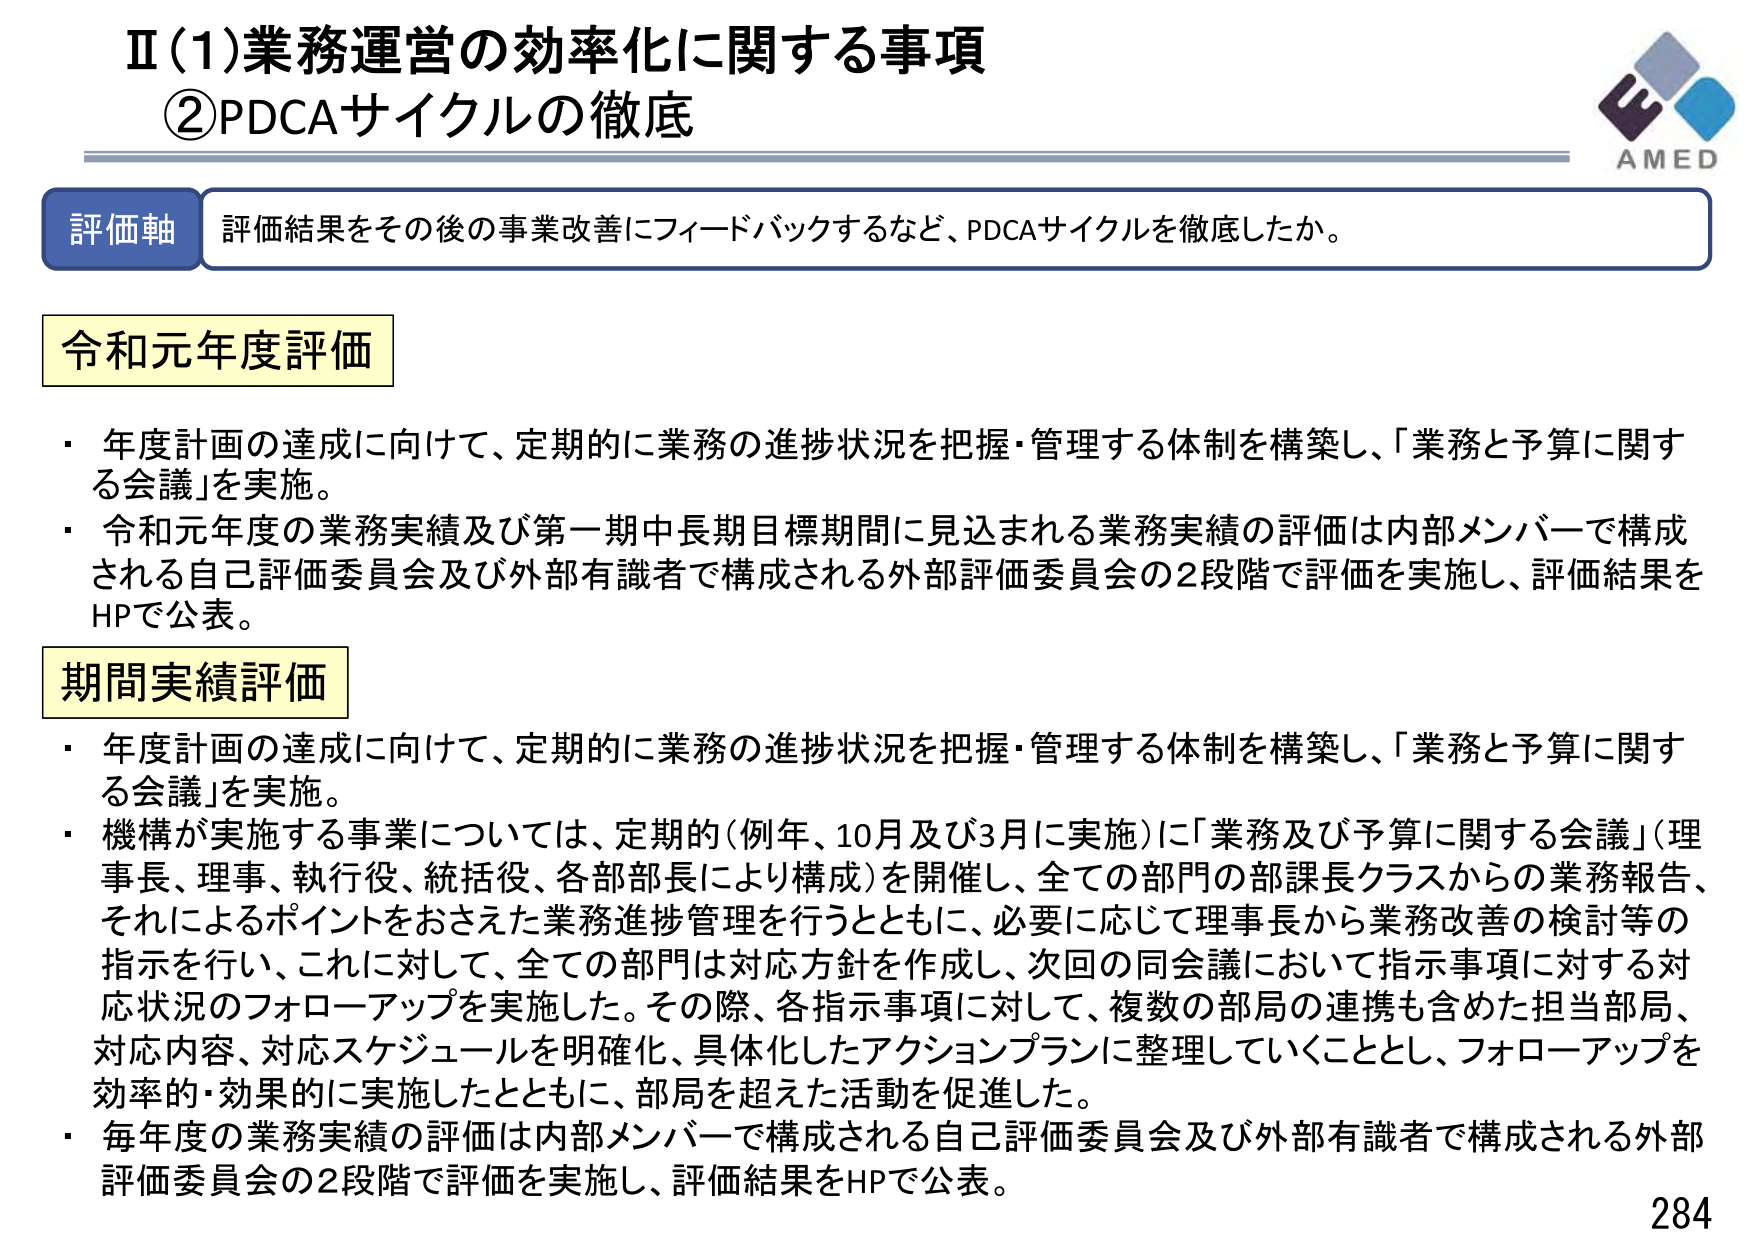
Ⅱ(1)業務運営の効率化に関する事項
②PDCAサイクルの徹底

評価軸 評価結果をその後の事業改善にフィードバックするなど、PDCAサイクルを徹底したか。

令和元年度評価
・年度計画の達成に向けて、定期的に業務の進捗状況を把握・管理する体制を構築し、「業務と予算に関する会議」を実施。
・令和元年度の業務実績及び第一期中長期目標期間に見込まれる業務実績の評価は内部メンバーで構成される自己評価委員会及び外部有識者で構成される外部評価委員会の2段階で評価を実施し、評価結果をHPで公表。

期間実績評価
・年度計画の達成に向けて、定期的に業務の進捗状況を把握・管理する体制を構築し、「業務と予算に関する会議」を実施。
・機構が実施する事業については、定期的（例年、10月及び3月に実施）に「業務及び予算に関する会議」（理事長、理事、執行役、統括役、各部部長により構成）を開催し、全ての部門の部課長クラスからの業務報告、それによるポイントをおさえた業務進捗管理を行うとともに、必要に応じて理事長から業務改善の検討等の指示を行い、これに対して、全ての部門は対応方針を作成し、次回の同会議において指示事項に対する対応状況のフォローアップを実施した。その際、各指示事項に対して、複数の部局の連携も含めた担当部局、対応内容、対応スケジュールを明確化、具体化したアクションプランに整理していくこととし、フォローアップを効率的・効果的に実施したとともに、部局を超えた活動を促進した。
・毎年度の業務実績の評価は内部メンバーで構成される自己評価委員会及び外部有識者で構成される外部評価委員会の2段階で評価を実施し、評価結果をHPで公表。

AMED
284